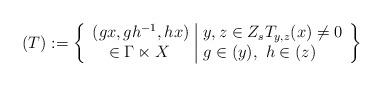
LaTeX: \begin{align*}(T):=\left\{\begin{array}{l|l}(gx,gh^{-1},hx) & y,z\in Z_s T_{y,z}(x)\neq 0 \\ \quad\in \Gamma\ltimes X& g\in (y),~h\in (z)\end{array}\right\}\end{align*}